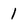
Character: 1